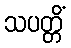
သပတ္တိံ